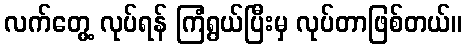
လက်တွေ့ လုပ်ရန် ကြံရွယ်ပြီးမှ လုပ်တာဖြစ်တယ်။